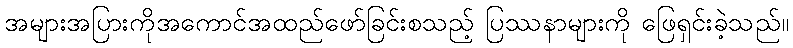
အများအပြားကိုအကောင်အထည်ဖော်ခြင်းစသည့် ပြဿနာများကို ဖြေရှင်းခဲ့သည်။